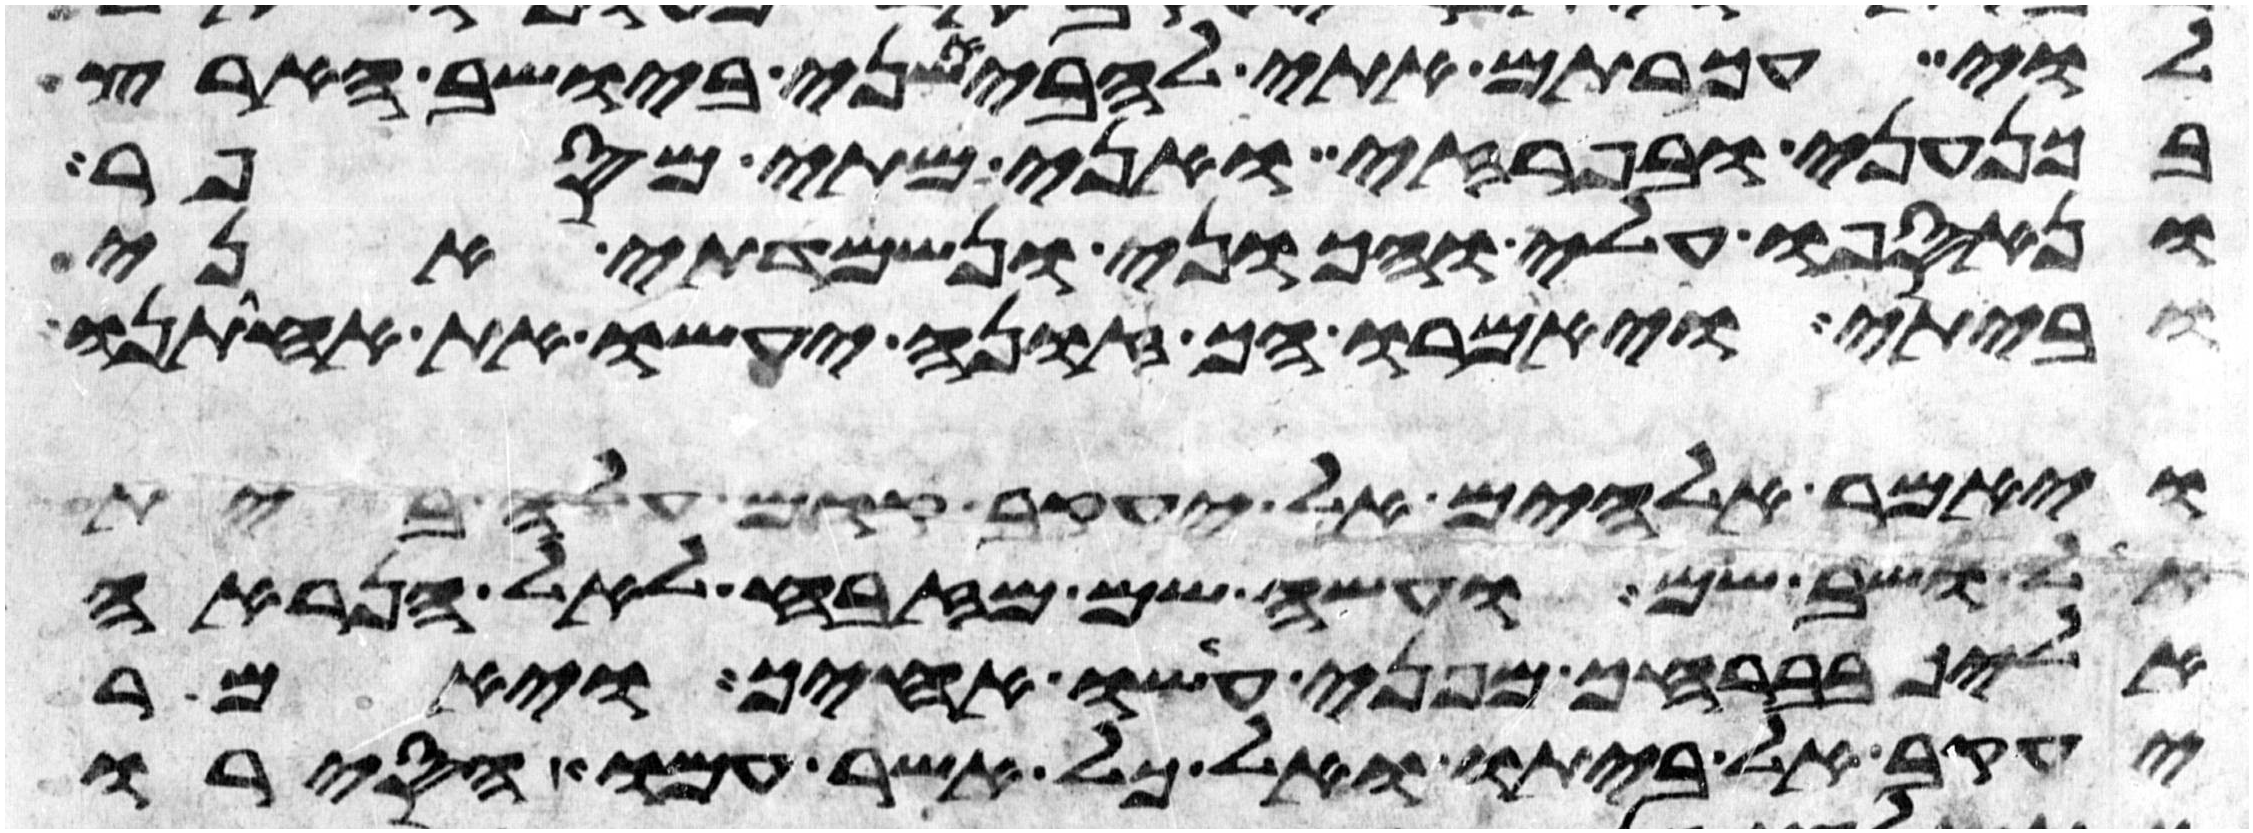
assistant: לוי עכרתם אתי להבאשני ביושב הארץ
בכנעני ובפרזי ואני מתי מספר
ונאספו עלי והכוני ונשמדתי אני
וביתי ויאמרו הך זונה יעשו את אחותנו
ויאמר אלהים אל יעקב קום עלה בית
אל ושב שם ועשה שם מזבח לאל הנראה
אליך בברחך מפני עשו אחיך ויאמר
יעקב אל ביתו ואל כל אשר עמו הסירו